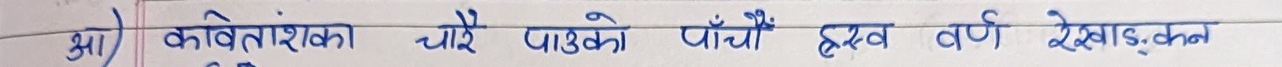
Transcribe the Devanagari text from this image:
आ) कार्बेताशका चौरे पाँउको पाँचौ हत्व वर्ण रेखाइड्‌कन